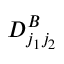
D _ { j _ { 1 } j _ { 2 } } ^ { B }